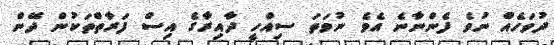
ދުވަހެއް ނުވެ ފެންނާނެ އެވެ ނުވަތަ ސިއްހީ ދާއިރާގެ އިސް ފަރާތްތަކުން ދޭން